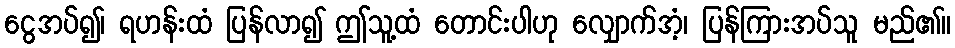
ငွေအပ်၍၊ ရဟန်းထံ ပြန်လာ၍ ဤသူ့ထံ တောင်းပါဟု လျှောက်အံ့၊ ပြန်ကြားအပ်သူ မည်၏။